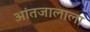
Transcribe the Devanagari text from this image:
आंतजालाला